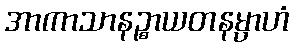
အာကာသာနဉ္စာယတနမ္ပာဟံ